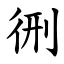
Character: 㣜